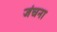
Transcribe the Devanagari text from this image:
जंचना